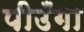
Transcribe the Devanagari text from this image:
पीउँगा